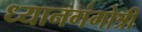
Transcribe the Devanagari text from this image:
ध्यानगंगोत्री